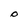
Character: 0